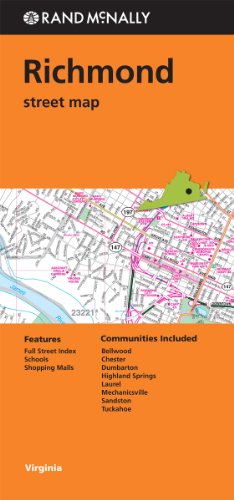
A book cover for Rand Mcnally Folded Map: Richmond Street Map; Rand McNally; Travel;